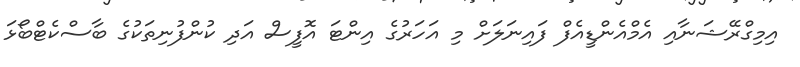
އިމިގްރޭޝަނާއި އެމްއެންޑީއެފް ފައިނަލަށް މި އަހަރުގެ އިންޓަ އޮފީސް އަދި ކުންފުނިތަކުގެ ބާސްކެޓްބޯޅަ